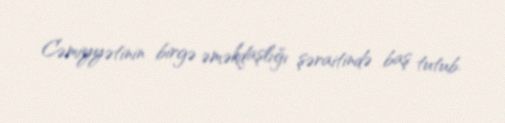
Cəmiyyətinin birgə əməkdaşlığı şəraitində baş tutub.